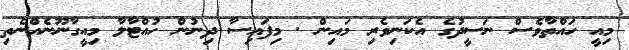
މިއީ ހައްތާވެސް ނަސީދުގެ އެކަނިވެރި މައިން . މިފައިސާ ދިނުން ހުއްޓާލާ މިއީގާނޫނެއްނެތި